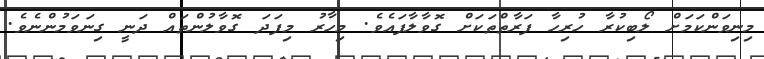
މިނިވަންކަމަށް ލޯބިކުރާ ހުރިހާ ފަރާތްތަކަށް ގޮވާލާފައެވެ. މިހާރު މިފަދަ ގޮވާލުންތައް ދަނީ ގިނަވަމުންނެވެ.